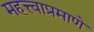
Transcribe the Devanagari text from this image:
महत्त्वाप्रमाणे